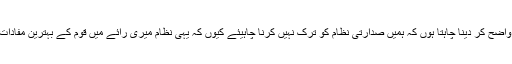
البتہ یہاں میں یہ واضح کر دینا چاہتا ہوں کہ ہمیں صدارتی نظام کو ترک نہیں کرنا چاہیئے کیوں کہ یہی نظام میری رائے میں قوم کے بہترین مفادات کے مطابق ہے۔